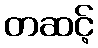
တဆင့်